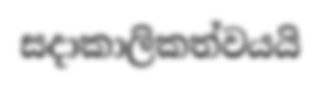
සදාකාලිකත්වයයි